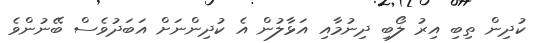
ކުދިން ތިބި އިރު ލޯބި ދިނުމާއި އަޅާލުން އެ ކުދިންނަށް އަބަދުވެސް ބޭނުންވެ